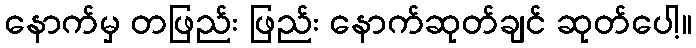
နောက်မှ တဖြည်း ဖြည်း နောက်ဆုတ်ချင် ဆုတ်ပေါ့။